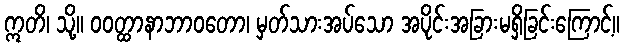
ဣတိ၊ သို့။ ဝဝတ္ထာနာဘာဝတော၊ မှတ်သားအပ်သော အပိုင်းအခြားမရှိခြင်းကြောင့်။